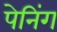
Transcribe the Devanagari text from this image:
पेनिंग